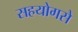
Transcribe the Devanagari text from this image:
सहयोगसे